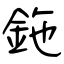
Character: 鉇